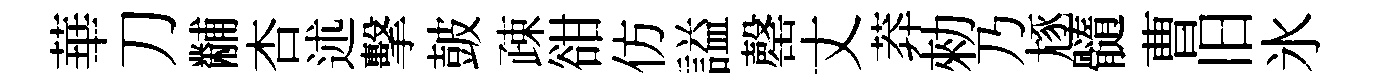
華刀黼杏述擊皷疎𧮳仿謚罄丈莽勑乃豗髓曹旧氷